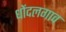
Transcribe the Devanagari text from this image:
धोंदलगाव